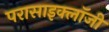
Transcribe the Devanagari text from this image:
परासाइक्लॉजी